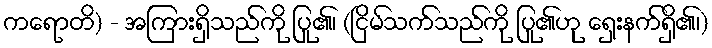
ကရောတိ) - အကြားရှိသည်ကို ပြု၏၊ (ငြိမ်သက်သည်ကို ပြု၏ဟု ရှေးနက်ရှိ၏၊)